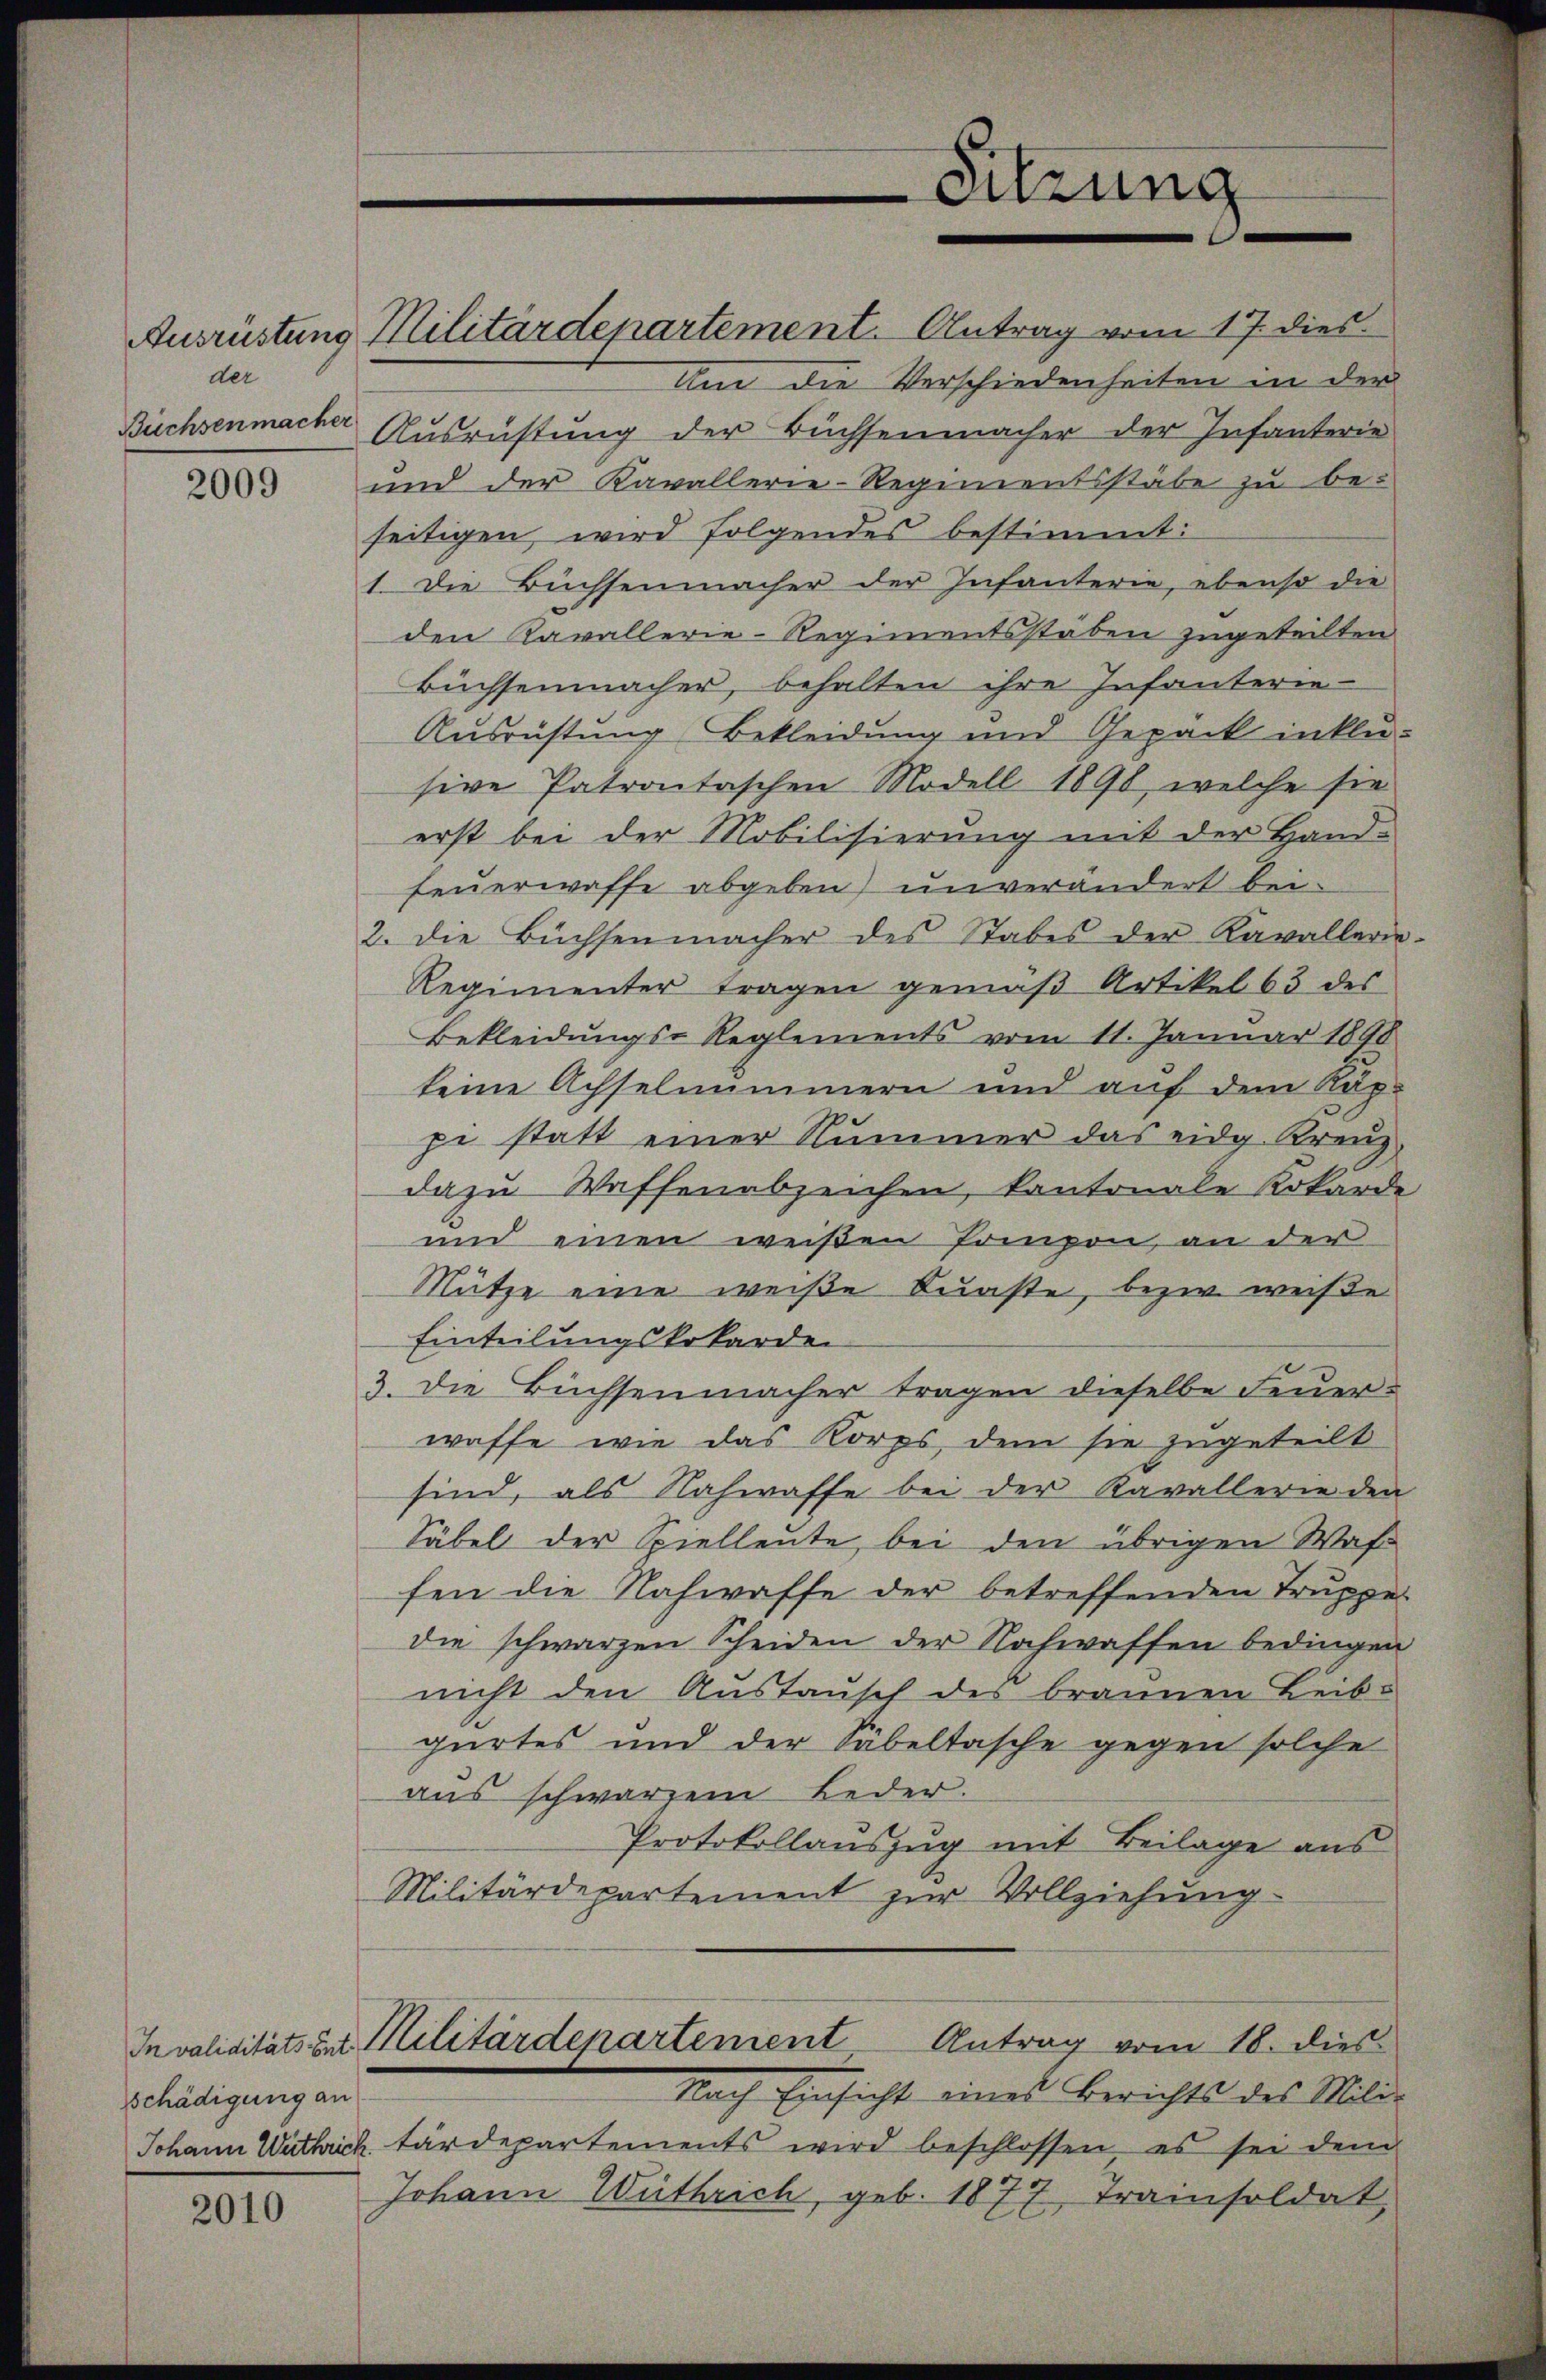
der
Büchsenmacher

2009

schädigung an

2010

und der Kavallerie-Regimentsstäbe zu be-
seitigen wird folgendes bestimmt:
1. Die Büchsenmacher der Infanterie, ebenso die
den Kavallerie-Regimentsstäben zugeteilten
küchsenmacher, behalten ihre Infanterie-
Ausrüstung Bekleidung und Gepäck inklusive Patrontaschen Modell 1890, welche sie
erst bei der Mobilisierung mit der Hand-
Feuerwaffe abgeben) unverändert bei-
2. die Büchsenmacher des Stabes der Kavallerie
Regimenter tragen gemäβ Artikel 63 des
Bekleidungs-Reglements vom 11. Januar 1890
keine Achselnummern und auf dem Kappi statt einer Nummer das eidg. Kreuz-
da zu Waffenabzeichen, kantonale Rokarde
und einen weißen Pompon, an der
Mütze eine weiße Kunste, bezw. weise
Einteilungskokarder
3. Die Büchsenmacher tragen dieselbe Feŭer-
waffe wie das Korps, dem sie zugeteilt
sind, als Nahwaffe bei der Kavallerie den
Säbel der Spielleute, bei den übrigen Waf
fen die Nahwaffe der betreffenden Truppe
die schwarzen Scheiden der Nachwaffen bedingen
nicht den Austausch des braunen Leib-
gürtes und der Säbeltasche gegen solche
aus schwarzen Leder-
Protokollauszug mit Beilage aus
Militärdepartement zur Vollziehung
Invaliditäts und Militärdepartement Antrag vom 18. dies
Nach Einsicht eines Berichts des Mili-
Johann Wuthrich tärdepartements wird beschlossen, es sei dem
Johann Wirthrich, geb. 1877 Trainsoldat

Sitzung

Ausrüstung Militärdepartement. Antrag vom 17. dies
Um die Verschiedenheiten in der
Ausrüstung der Büchsenmacher der Infanterie